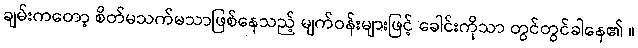
ချမ်းကတော့ စိတ်မသက်မသာဖြစ်နေသည့် မျက်ဝန်းများဖြင့် ခေါင်းကိုသာ တွင်တွင်ခါနေ၏ ။